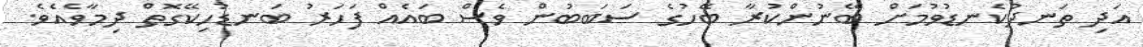
އަދި ތަނދުކެނޑުވުމަށް ބޭނުންކުރާ ބޭހުގެ ސަބަބުން ވެސް ބައެއް ފަހަރު ބަނޑުހިކޭގޮތް ދިމާވެއެވެ.